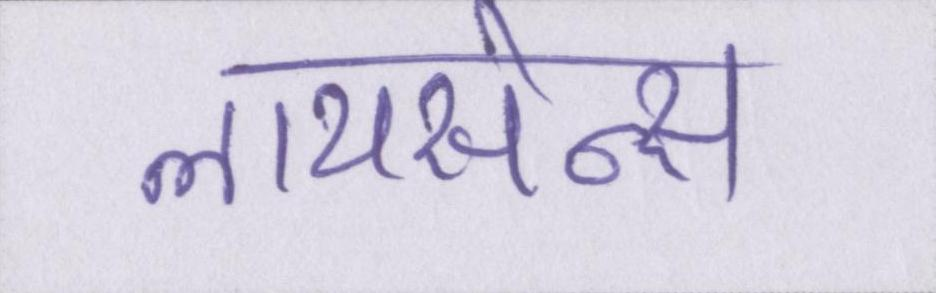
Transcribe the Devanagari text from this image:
लायसेन्स